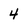
Character: 4